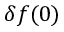
\delta f ( 0 )